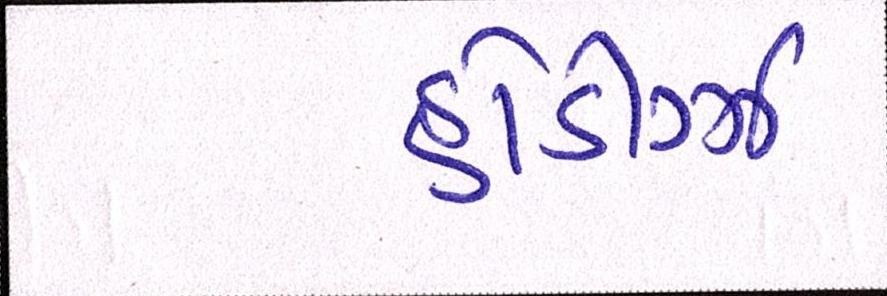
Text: હોડીગ્ઝ